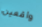
واقعين